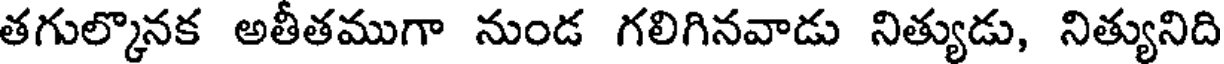
తగుల్కొనక అతీతముగా నుండ గలిగినవాడు నిత్యుడు, నిత్యునిది